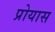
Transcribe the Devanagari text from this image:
प्रोयास